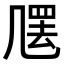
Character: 𠙣